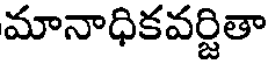
మానాధికవర్జితా